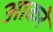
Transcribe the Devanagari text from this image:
आकरे